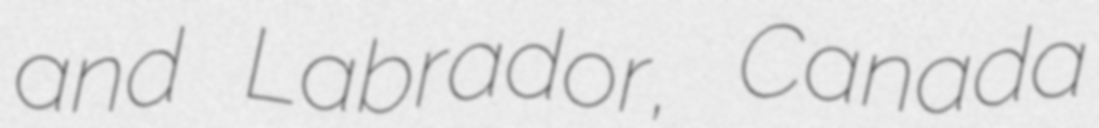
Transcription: and Labrador, Canada